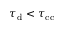
\tau _ { \mathrm { d } } < \tau _ { \mathrm { c c } }